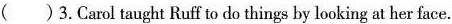
( )3.Carol taught Ruff to do things by looking at her face.